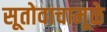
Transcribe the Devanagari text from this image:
सूतोवाचामूळे